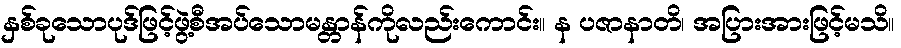
နှစ်ခုသောပုဒ်ဖြင့်ဖွဲ့စီအပ်သောမန္တာန်ကိုလည်းကောင်း။ န ပဇာနာတိ၊ အပြားအားဖြင့်မသိ။